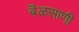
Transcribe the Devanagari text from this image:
बॆळसाणी